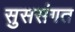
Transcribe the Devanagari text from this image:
सुससंगत